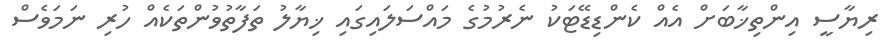
ރިޔާސީ އިންތިޚާބަށް އެއް ކެންޑިޑޭޓަކު ނެރުމުގެ މައްސަލައިގައި ޚިޔާލު ތަފާތުވުންތަކެއް ހުރި ނަމަވެސް